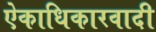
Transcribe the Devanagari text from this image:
ऐकाधिकारवादी